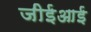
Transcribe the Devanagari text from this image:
जीईआई